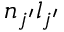
n _ { j ^ { \prime } } l _ { j ^ { \prime } }